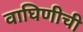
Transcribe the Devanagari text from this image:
वाघिणीची